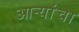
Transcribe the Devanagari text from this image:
आऱ्यांचा